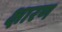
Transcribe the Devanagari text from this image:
क्षारण